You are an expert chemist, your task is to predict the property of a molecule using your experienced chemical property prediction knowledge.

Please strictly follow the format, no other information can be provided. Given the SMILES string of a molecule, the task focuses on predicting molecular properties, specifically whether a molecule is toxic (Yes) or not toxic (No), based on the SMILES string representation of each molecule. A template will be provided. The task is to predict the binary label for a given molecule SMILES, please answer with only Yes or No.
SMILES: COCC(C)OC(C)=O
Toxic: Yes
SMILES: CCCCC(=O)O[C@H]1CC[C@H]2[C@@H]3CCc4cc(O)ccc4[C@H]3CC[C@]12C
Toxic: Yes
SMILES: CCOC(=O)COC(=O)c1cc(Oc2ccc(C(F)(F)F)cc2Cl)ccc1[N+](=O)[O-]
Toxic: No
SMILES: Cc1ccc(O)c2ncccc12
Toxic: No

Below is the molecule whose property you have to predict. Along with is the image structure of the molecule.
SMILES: CCCCCBr
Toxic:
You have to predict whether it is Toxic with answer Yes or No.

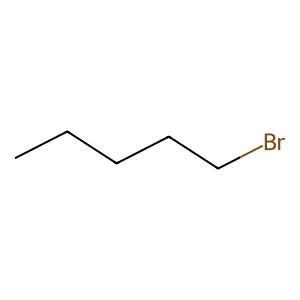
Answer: No